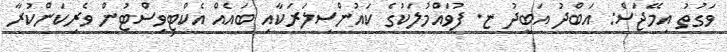
ވަގުތު އިމޭޖަސް: އަބްދު އަބީދު ޏ. ފުވައްމުލަކުގެ ކައުންސިލަރަކާއި ބައެއް އެކްޓިވިސްޓުން ވެރިކަންކުރާ